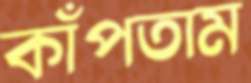
কাঁপতাম